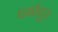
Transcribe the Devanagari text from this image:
धर्मापुर